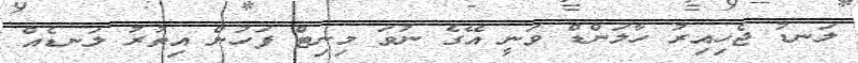
ލަނޑު ޖެހިއިރު ހާލަންޑް ވަނީ އޭގެ ނުވަ މިނިޓް ފަހުން އިތުރު ލަނޑެއް